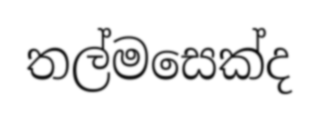
තල්මසෙක්ද